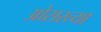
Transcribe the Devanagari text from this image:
ओसरत्या